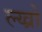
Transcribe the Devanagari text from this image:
ल्य्व्रो